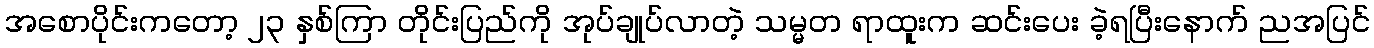
အစောပိုင်းကတော့ ၂၃ နှစ်ကြာ တိုင်းပြည်ကို အုပ်ချုပ်လာတဲ့ သမ္မတ ရာထူးက ဆင်းပေး ခဲ့ရပြီးနောက် ညအပြင်